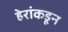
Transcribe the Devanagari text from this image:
हेरांकडून